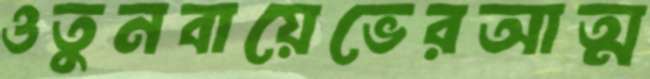
ওতুনবায়েভেরআত্ম